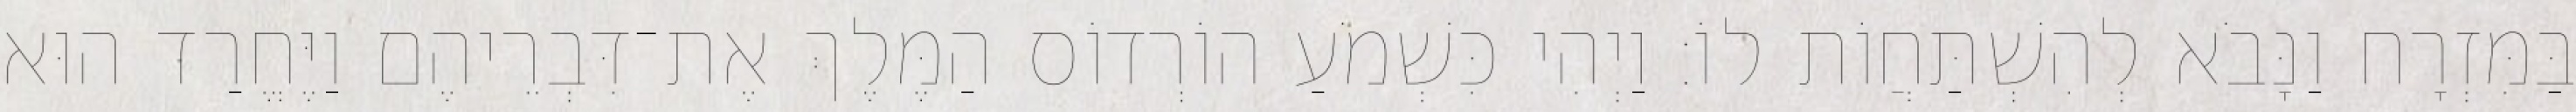
בַּמִּזְרָח וַנָּבֹא לְהִשְׁתַּחֲוֹת לוֹ׃ וַיְהִי כִּשְׁמֹעַ הוֹרְדוֹס הַמֶּלֶךְ אֶת־דִּבְרֵיהֶם וַיֶּחֱרַד הוּא